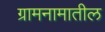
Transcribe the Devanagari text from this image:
ग्रामनामातील